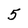
Character: 5